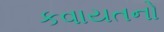
કવાયતનો